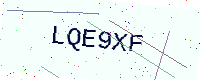
Text: LQE9XF